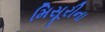
મિસૂરીના